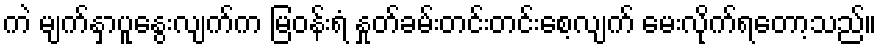
ကဲ မျက်နှာပူနွေးလျက်က မြဝန်းရံ နှုတ်ခမ်းတင်းတင်းစေ့လျက် မေးလိုက်ရတော့သည်။